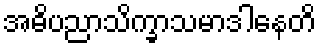
အဓိပညာသိက္ခာသမာဒါနေတိ